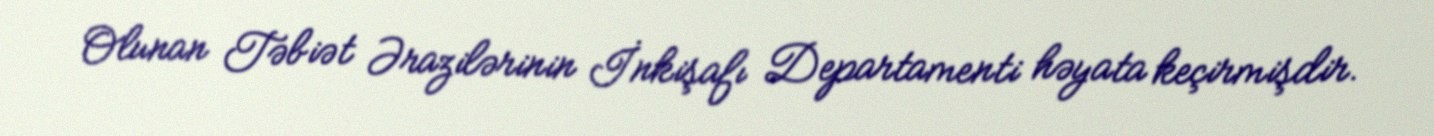
Olunan Təbiət Ərazilərinin İnkişafı Departamenti həyata keçirmişdir.